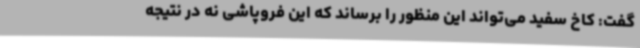
گفت: کاخ سفید می‌تواند این منظور را برساند که این فروپاشی نه در نتیجه